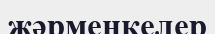
жәрмеңкелер